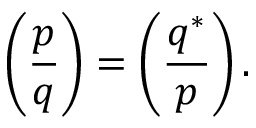
\left( { \frac { p } { q } } \right) = \left( { \frac { q ^ { * } } { p } } \right) .